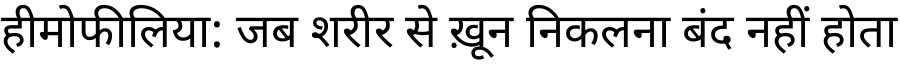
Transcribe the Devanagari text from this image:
हीमोफीलिया: जब शरीर से ख़ून निकलना बंद नहीं होता